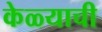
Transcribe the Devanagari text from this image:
केळ्याची